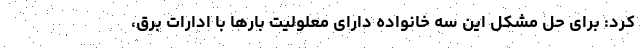
کرد: برای حل مشکل این سه خانواده دارای معلولیت بارها با ادارات برق،